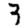
Digit: 3